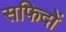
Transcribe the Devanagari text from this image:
सफिदों